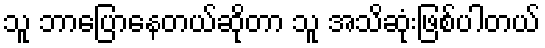
သူ ဘာပြောနေတယ်ဆိုတာ သူ အသိဆုံးဖြစ်ပါတယ်